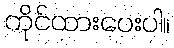
ကိုင်ထားပေးပါ။